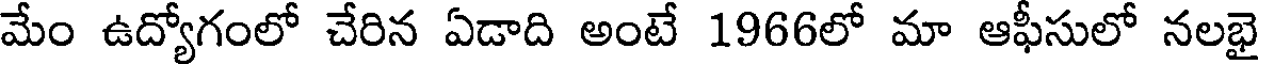
మేం ఉద్యోగంలో చేరిన ఏడాది అంటే 1966లో మా ఆఫీసులో నలభై